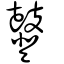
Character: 鼟